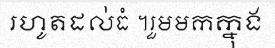
រហូតដល់ធំ ។រួមមកក្នុង